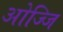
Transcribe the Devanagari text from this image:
ओज्जि